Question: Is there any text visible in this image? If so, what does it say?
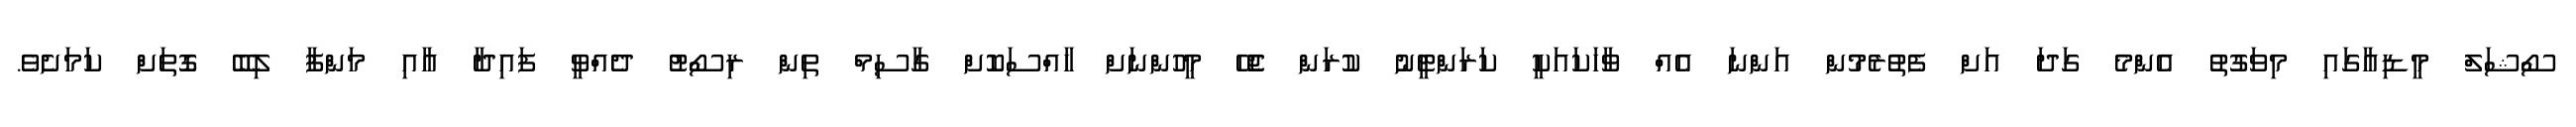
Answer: ސޯޝަލް މީޑިއާގައި މިވަގުތު އެންމެ ގަދަ އަށް ފެތުރެމުން އަންނަ އެއް ވާހަކައަކީ ކަރަންޓީނު ކުރަން ޖެހޭ މީހުންނަށް ހާއްސަކޮށް ގާސިމް ތިން ރިސޯޓު ދެއްވީ ފައިދާ އާއި މަންފާ ލިބޭ ގޮތަށް ކަމަށެވެ.